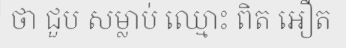
ថា ជួប សម្លាប់ ឈ្មោះ ពិត អឿត